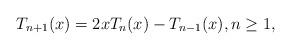
LaTeX: \begin{align*}T_{n + 1} (x) = 2xT_n (x) - T_{n - 1} (x), n \ge 1,\end{align*}